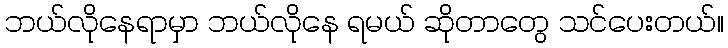
ဘယ်လိုနေရာမှာ ဘယ်လိုနေ ရမယ် ဆိုတာတွေ သင်ပေးတယ်။